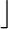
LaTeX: \rfloor